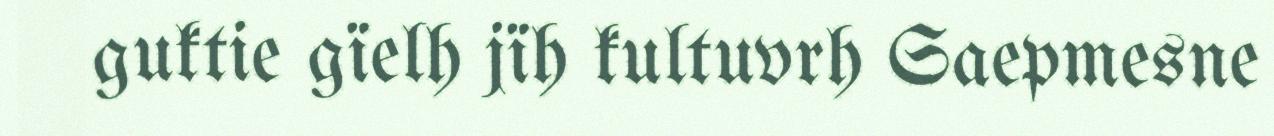
guktie gïelh jïh kultuvrh Saepmesne